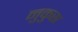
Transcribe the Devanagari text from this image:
नुकुस